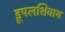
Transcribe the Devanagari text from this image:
ड्रूपलशिवाय